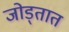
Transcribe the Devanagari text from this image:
जोड्तात